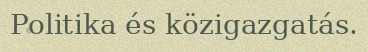
Politika és közigazgatás.